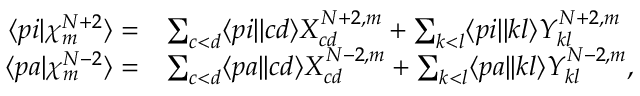
\begin{array} { r l } { \langle p i | \chi _ { m } ^ { N + 2 } \rangle = } & { \sum _ { c < d } \langle p i | | c d \rangle X _ { c d } ^ { N + 2 , m } + \sum _ { k < l } \langle p i | | k l \rangle Y _ { k l } ^ { N + 2 , m } } \\ { \langle p a | \chi _ { m } ^ { N - 2 } \rangle = } & { \sum _ { c < d } \langle p a | | c d \rangle X _ { c d } ^ { N - 2 , m } + \sum _ { k < l } \langle p a | | k l \rangle Y _ { k l } ^ { N - 2 , m } , } \end{array}